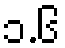
၁.၆